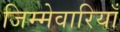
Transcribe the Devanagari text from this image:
जिम्मेवारियाँ